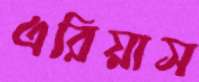
এরিয়াস